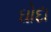
ઘોદા